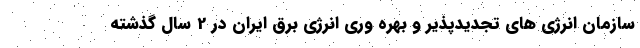
سازمان انرژی های تجدیدپذیر و بهره وری انرژی برق ایران در 2 سال گذشته